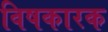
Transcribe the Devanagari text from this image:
विषकारक